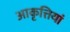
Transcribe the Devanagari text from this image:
आकृत्तियां